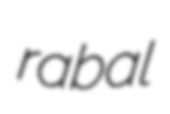
rabal